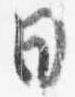
日